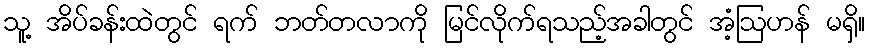
သူ့ အိပ်ခန်းထဲတွင် ရက် ဘတ်တလာကို မြင်လိုက်ရသည့်အခါတွင် အံ့ဩဟန် မရှိ။